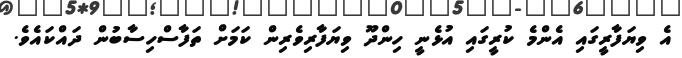
އެ ވިޔަފާރީގައި އެންމެ ކުރީގައި އުޅެނީ ހިންދޫ ވިޔަފާރިވެރިން ކަމަށް ތަފާސްހިސާބުން ދައްކައެވެ.